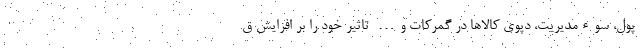
پول، سوءمدیریت، دپوی کالاها در گمرکات و… تاثیر خود را بر افزایش ق